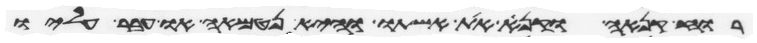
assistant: רוח קנאה וקנא את אשתו והיא נטמאה או עבר עליו